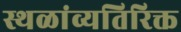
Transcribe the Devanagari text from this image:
स्थळांव्यतिरिक्त